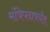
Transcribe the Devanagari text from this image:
मंत्रिपदापर्यंत